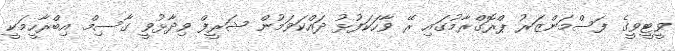
ވީޓީވީގެ ފަސްމަންޒަރު ޕްރޮގްރާމުގައި ރޭ ވާހަކަފުޅު ދައްކަވަމުން ޝަރީފް ވިދާޅުވީ ގާސިމް އިބްރާހީމަކީ